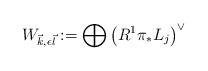
LaTeX: \begin{align*}W_{\vec k, \epsilon\vec l}:=\bigoplus \left( R^1\pi_*L_j\right)^\vee\end{align*}